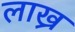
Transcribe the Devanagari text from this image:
लाख्र